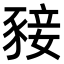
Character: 𧱙